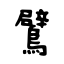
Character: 鷿